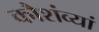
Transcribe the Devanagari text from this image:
कौशंव्यां